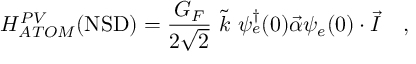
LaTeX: { \cal H } _ { A T O M } ^ { P V } ( \mathrm { N S D } ) = { \frac { G _ { F } } { 2 \sqrt 2 } } \ { \tilde { k } } \ \psi _ { e } ^ { \dag } ( 0 ) { \vec { \alpha } } \psi _ { e } ( 0 ) \cdot { \vec { I } } \ \ \ ,